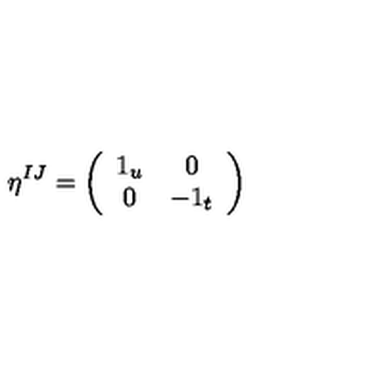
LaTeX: \eta ^ { I J } = \left( \begin{array} { c c } { 1 _ { u } } & { 0 } \\ { 0 } & { - 1 _ { t } } \\ \end{array} \right)